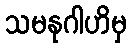
သမနုဂါဟိမှ